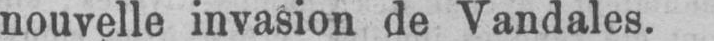
nouvelle invasion de Vandales.